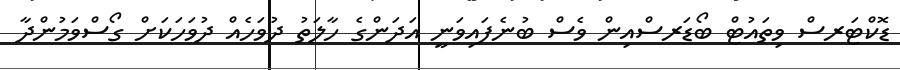
ޑޮކްޓަރސް ވިތައުޓް ބޯޑަރސްއިން ވެސް ބުނެފައިވަނީ އަދަންގެ ހާލަތު ދުވަހެއް ދުވަހަކަށް ގޯސްވަމުންދާ